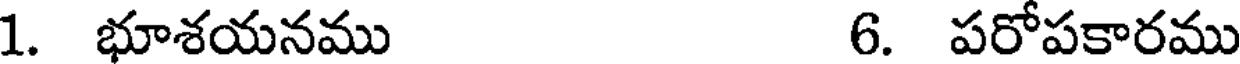
1. భూశయనము 6. పరోపకారము